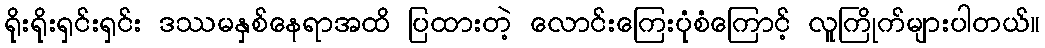
ရိုးရိုးရှင်းရှင်း ဒဿမနှစ်နေရာအထိ ပြထားတဲ့ လောင်းကြေးပုံစံကြောင့် လူကြိုက်များပါတယ်။